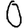
Digit: 0